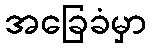
အခြေခံမှာ